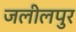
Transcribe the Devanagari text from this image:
जलीलपुर